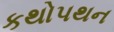
કથોપથન